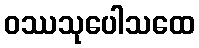
ဝဿသုပေါသထေ